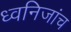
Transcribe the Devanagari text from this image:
ध्वनिजांच